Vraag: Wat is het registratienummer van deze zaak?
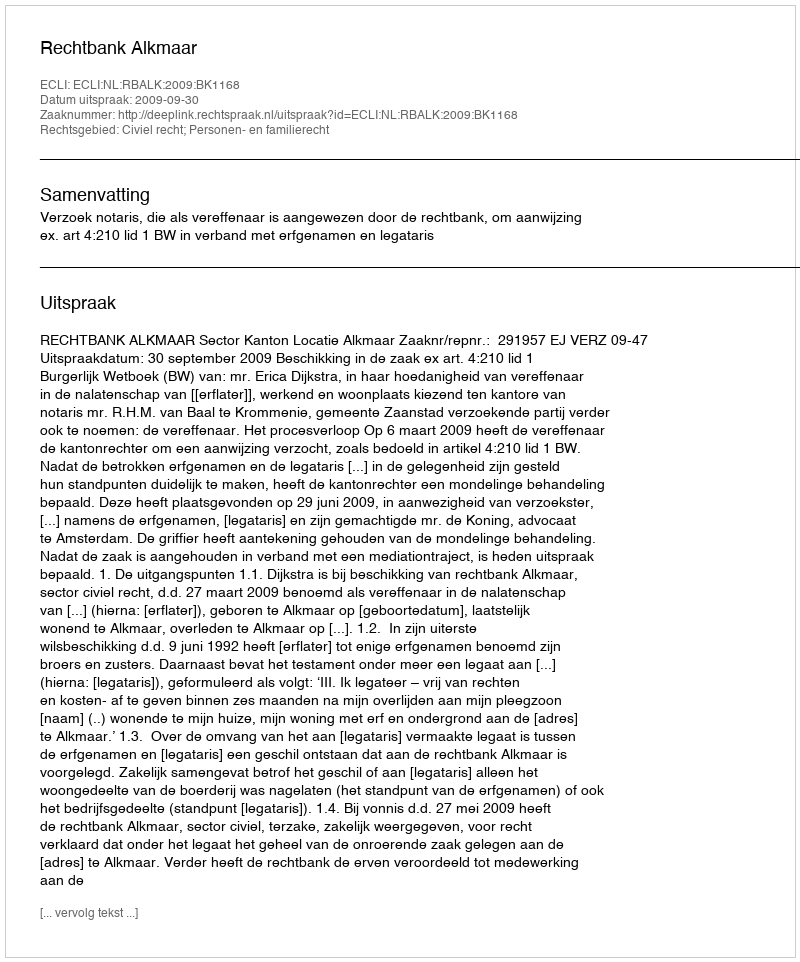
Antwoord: http://deeplink.rechtspraak.nl/uitspraak?id=ECLI:NL:RBALK:2009:BK1168